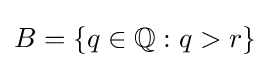
B=\{q\in \mathbb {Q} :q>r\}